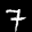
Label: 7